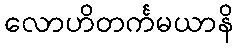
လောဟိတင်္ကမယာနိ